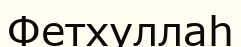
Фетхуллаһ